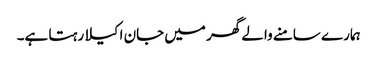
ہمارے سامنے والے گھر میں جان اکیلا رہتا ہے۔